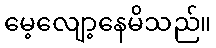
မေ့လျော့နေမိသည်။